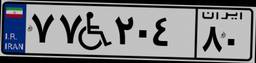
۷۷W۲۰۴۸۰